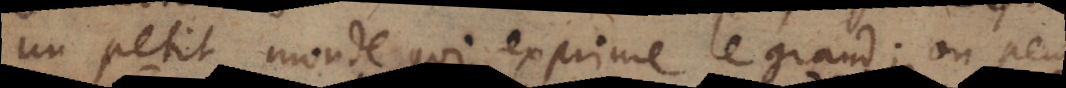
un petit monde qui exprime le grand; on peu